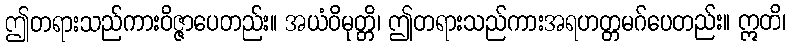
ဤတရားသည်ကားဝိဇ္ဇာပေတည်း။ အယံဝိမုတ္တိ၊ ဤတရားသည်ကားအရဟတ္တမဂ်ပေတည်း။ ဣတိ၊